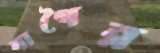
বাগৈর